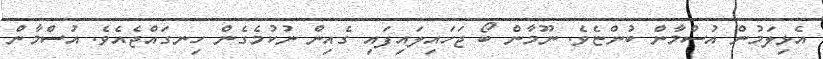
އެޅިލަމުން އުސްމާން ބުންޏެވެ. ނޫމާން ބޯ ޖަހައިލައިފައި ގެއިން ނުކުމެގެން ހިނގައްޖެއެވެ. އުސްމާން